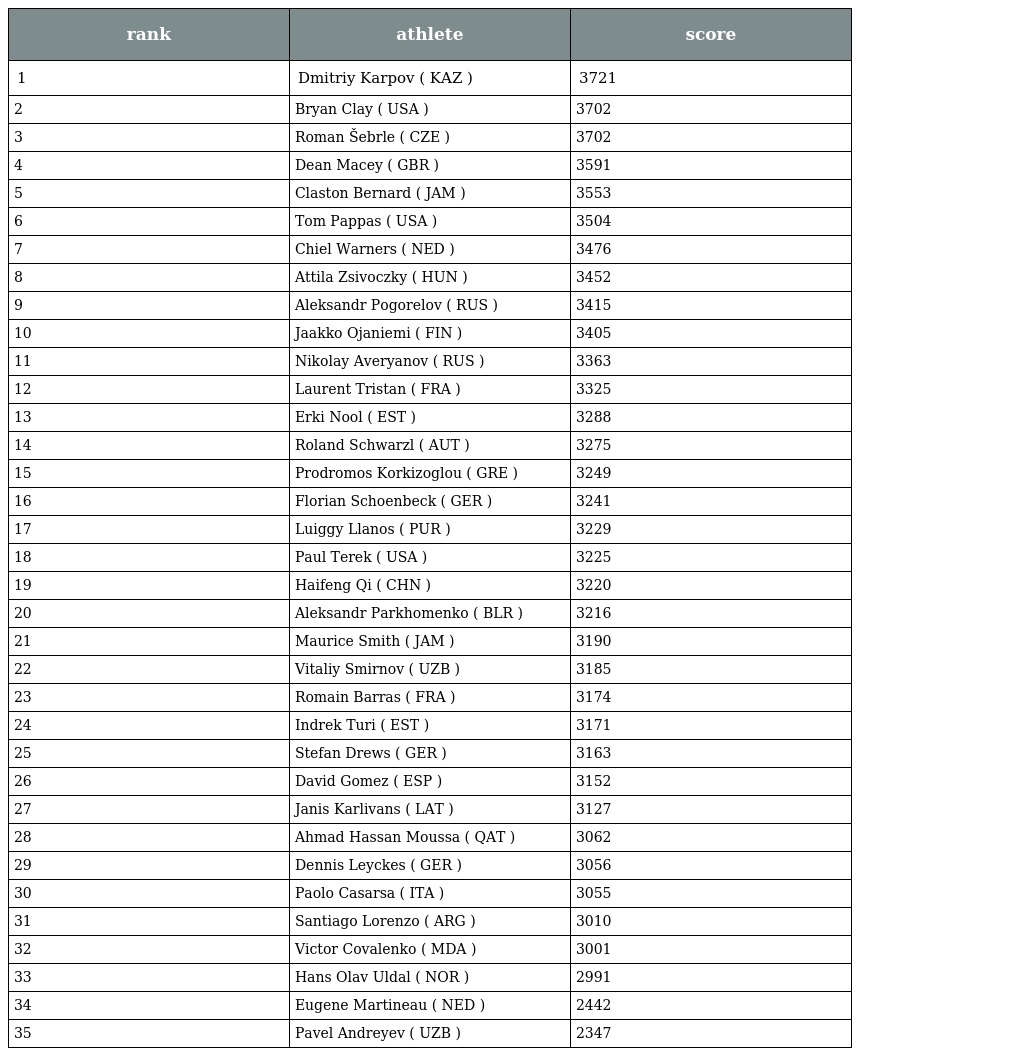
| rank | athlete | score |
 | --- | --- | --- |
 | 1 | Dmitriy Karpov ( KAZ ) | 3721 |
 | 2 | Bryan Clay ( USA ) | 3702 |
 | 3 | Roman Šebrle ( CZE ) | 3702 |
 | 4 | Dean Macey ( GBR ) | 3591 |
 | 5 | Claston Bernard ( JAM ) | 3553 |
 | 6 | Tom Pappas ( USA ) | 3504 |
 | 7 | Chiel Warners ( NED ) | 3476 |
 | 8 | Attila Zsivoczky ( HUN ) | 3452 |
 | 9 | Aleksandr Pogorelov ( RUS ) | 3415 |
 | 10 | Jaakko Ojaniemi ( FIN ) | 3405 |
 | 11 | Nikolay Averyanov ( RUS ) | 3363 |
 | 12 | Laurent Tristan ( FRA ) | 3325 |
 | 13 | Erki Nool ( EST ) | 3288 |
 | 14 | Roland Schwarzl ( AUT ) | 3275 |
 | 15 | Prodromos Korkizoglou ( GRE ) | 3249 |
 | 16 | Florian Schoenbeck ( GER ) | 3241 |
 | 17 | Luiggy Llanos ( PUR ) | 3229 |
 | 18 | Paul Terek ( USA ) | 3225 |
 | 19 | Haifeng Qi ( CHN ) | 3220 |
 | 20 | Aleksandr Parkhomenko ( BLR ) | 3216 |
 | 21 | Maurice Smith ( JAM ) | 3190 |
 | 22 | Vitaliy Smirnov ( UZB ) | 3185 |
 | 23 | Romain Barras ( FRA ) | 3174 |
 | 24 | Indrek Turi ( EST ) | 3171 |
 | 25 | Stefan Drews ( GER ) | 3163 |
 | 26 | David Gomez ( ESP ) | 3152 |
 | 27 | Janis Karlivans ( LAT ) | 3127 |
 | 28 | Ahmad Hassan Moussa ( QAT ) | 3062 |
 | 29 | Dennis Leyckes ( GER ) | 3056 |
 | 30 | Paolo Casarsa ( ITA ) | 3055 |
 | 31 | Santiago Lorenzo ( ARG ) | 3010 |
 | 32 | Victor Covalenko ( MDA ) | 3001 |
 | 33 | Hans Olav Uldal ( NOR ) | 2991 |
 | 34 | Eugene Martineau ( NED ) | 2442 |
 | 35 | Pavel Andreyev ( UZB ) | 2347 |